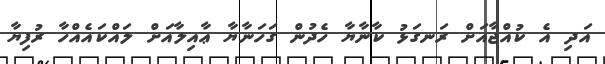
އަދި އެ ކުއްޖާއަށް ރަނގަޅު ކާނާޔާ ހެދުން ގަހަނާޔާ ޢާއިލާއަށް ލައްކައެއްހާ ރުފިޔާ